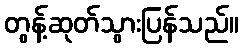
တွန့်ဆုတ်သွားပြန်သည်။